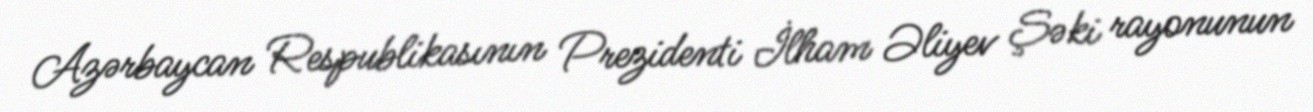
Azərbaycan Respublikasının Prezidenti İlham Əliyev Şəki rayonunun